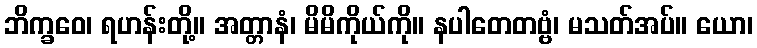
ဘိက္ခဝေ၊ ရဟန်းတို့။ အတ္တာနံ၊ မိမိကိုယ်ကို။ နပါတေတဗ္ဗံ၊ မသတ်အပ်။ ယော၊